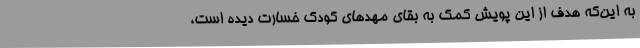
به این‌که هدف از این پویش کمک به بقای مهدهای کودک خسارت دیده است،